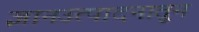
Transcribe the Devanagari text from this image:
ज्ञानउत्पादनातून